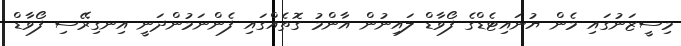
މިސީޒަނުގައި މެން ޔުނައިޓެޑްގެ ފޯވާޑް ލައިނުން އާންމު ގޮތެއްގައި ފެންނަމުންދަނީ އިނގިރޭސި ފޯވާޑް